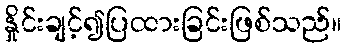
နှိုင်းချင့်၍ပြထားခြင်းဖြစ်သည်။